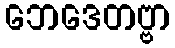
ဘေဒေတဗ္ဗာ